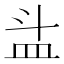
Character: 𥁇